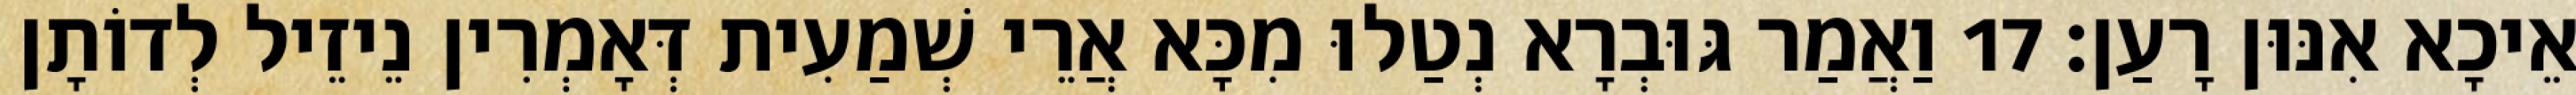
אֵיכָא אִנּוּן רָעַן׃ 17 וַאֲמַר גּוּבְרָא נְטַלוּ מִכָּא אֲרֵי שְׁמַעִית דְּאָמְרִין נֵיזֵיל לְדוֹתָן